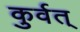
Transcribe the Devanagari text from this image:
कुर्वत्